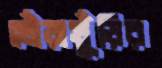
খোঁড়াখুঁড়ির